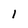
Character: 1